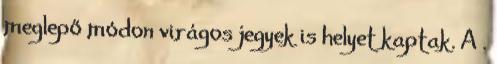
meglepő módon virágos jegyek is helyet kaptak. A .